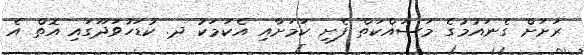
ރަށަށް ގެނައުމުގެ މަސައްކަތް ފެށި ކަމަށާއި އެކަމަކު ދ. ކުޑަހުވަދޫގައި އޮތް އެ